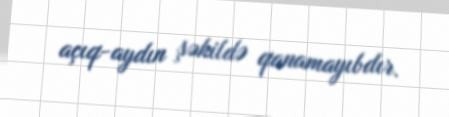
açıq-aydın şəkildə qanamayıbdır.